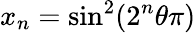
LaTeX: x_{n}=\sin^{2}(2^{n}\theta\pi)